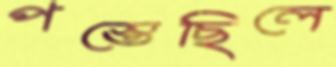
পস্তেছিলে